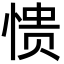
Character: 愦